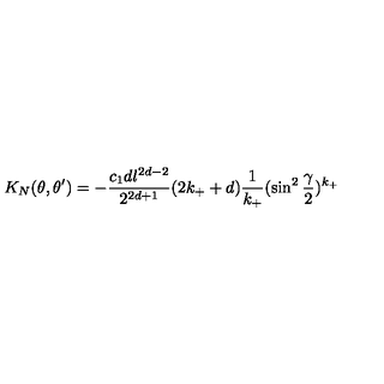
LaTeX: K _ { N } ( \theta , \theta ^ { \prime } ) = - { \frac { c _ { 1 } d l ^ { 2 d - 2 } } { 2 ^ { 2 d + 1 } } } ( 2 k _ { + } + d ) { \frac { 1 } { k _ { + } } } ( \sin ^ { 2 } { \frac { \gamma } { 2 } } ) ^ { k _ { + } } ~